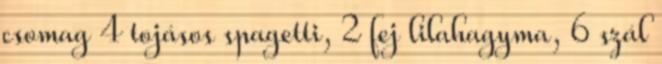
csomag 4 tojásos spagetti, 2 fej lilahagyma, 6 szál